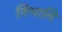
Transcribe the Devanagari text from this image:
निभानि